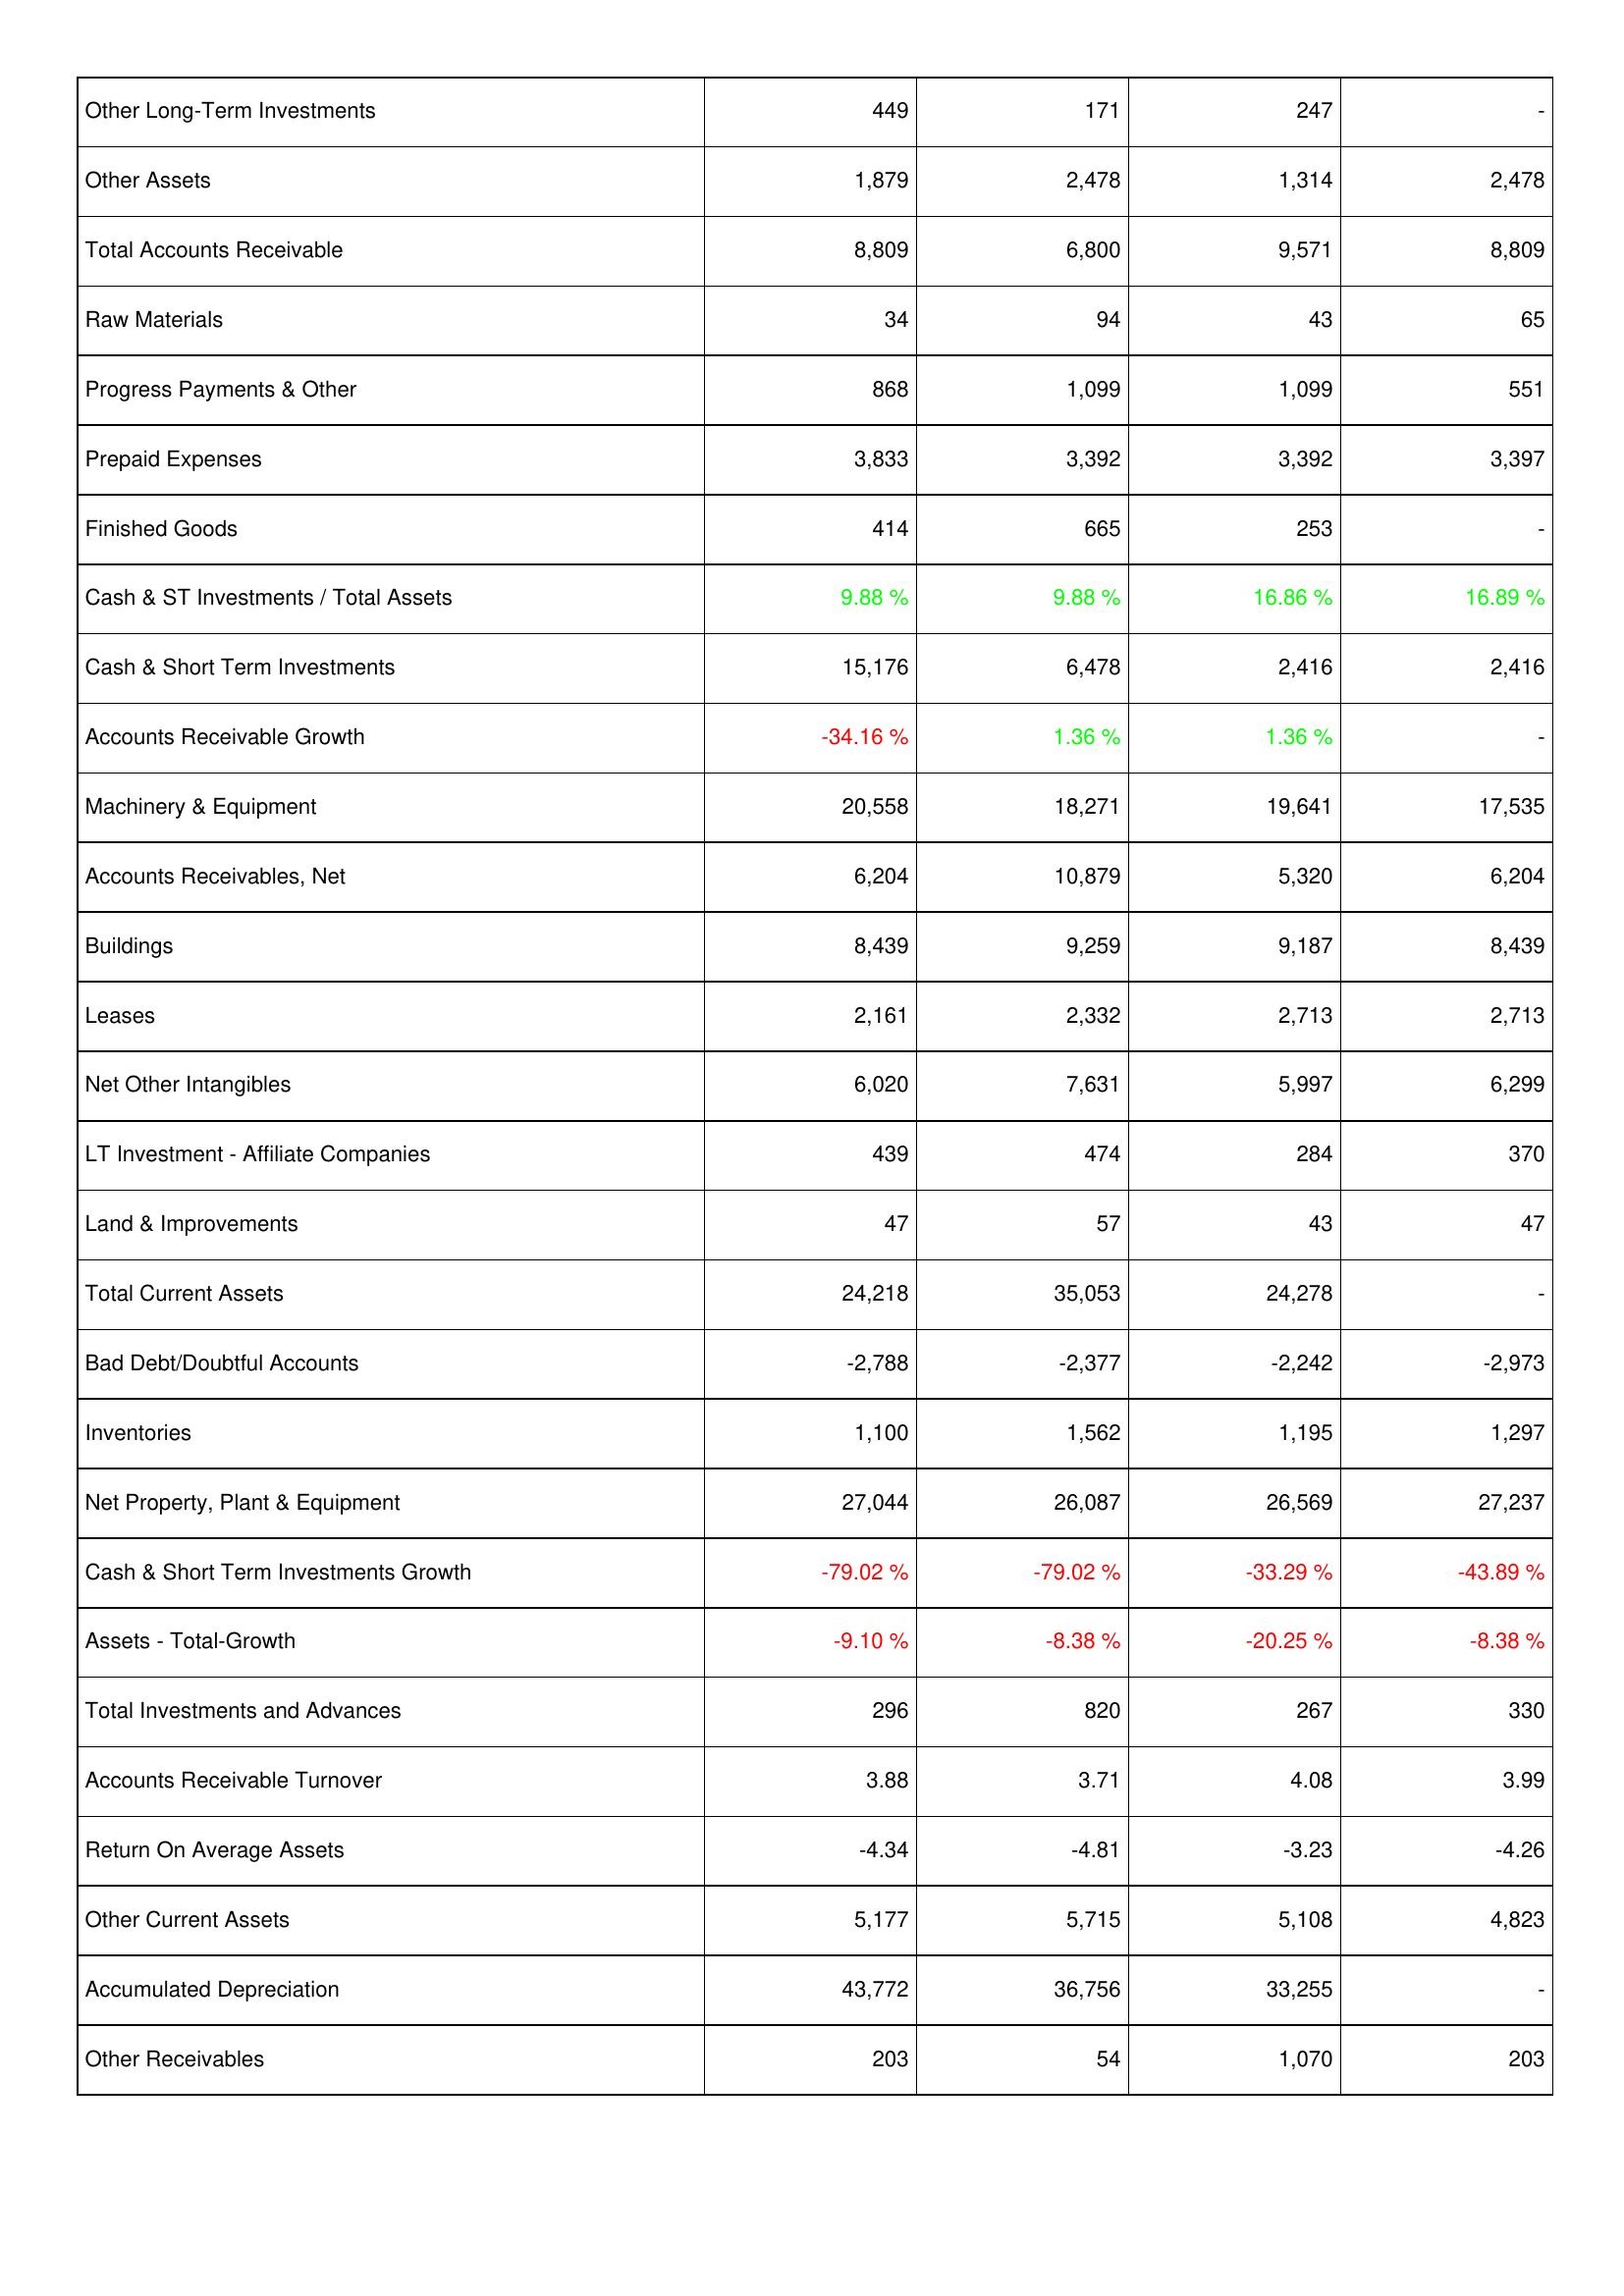
2015: Assets: Other Long-Term Investments: 449
Other Assets: 1,879
Total Accounts Receivable: 8,809
Raw Materials: 34
Progress Payments & Other: 868
Prepaid Expenses: 3,833
Finished Goods: 414
Cash & ST Investments / Total Assets: 9.88 %
Cash & Short Term Investments: 15,176
Accounts Receivable Growth: -34.16 %
Machinery & Equipment: 20,558
Accounts Receivables, Net: 6,204
Buildings: 8,439
Leases: 2,161
Net Other Intangibles: 6,020
LT Investment - Affiliate Companies: 439
Land & Improvements: 47
Total Current Assets: 24,218
Bad Debt/Doubtful Accounts: -2,788
Inventories: 1,100
Net Property, Plant & Equipment: 27,044
Cash & Short Term Investments Growth: -79.02 %
Assets - Total-Growth: -9.10 %
Total Investments and Advances: 296
Accounts Receivable Turnover: 3.88
Return On Average Assets: -4.34
Other Current Assets: 5,177
Accumulated Depreciation: 43,772
Other Receivables: 203
2014: Assets: Other Long-Term Investments: 171
Other Assets: 2,478
Total Accounts Receivable: 6,800
Raw Materials: 94
Progress Payments & Other: 1,099
Prepaid Expenses: 3,392
Finished Goods: 665
Cash & ST Investments / Total Assets: 9.88 %
Cash & Short Term Investments: 6,478
Accounts Receivable Growth: 1.36 %
Machinery & Equipment: 18,271
Accounts Receivables, Net: 10,879
Buildings: 9,259
Leases: 2,332
Net Other Intangibles: 7,631
LT Investment - Affiliate Companies: 474
Land & Improvements: 57
Total Current Assets: 35,053
Bad Debt/Doubtful Accounts: -2,377
Inventories: 1,562
Net Property, Plant & Equipment: 26,087
Cash & Short Term Investments Growth: -79.02 %
Assets - Total-Growth: -8.38 %
Total Investments and Advances: 820
Accounts Receivable Turnover: 3.71
Return On Average Assets: -4.81
Other Current Assets: 5,715
Accumulated Depreciation: 36,756
Other Receivables: 54
2013: Assets: Other Long-Term Investments: 247
Other Assets: 1,314
Total Accounts Receivable: 9,571
Raw Materials: 43
Progress Payments & Other: 1,099
Prepaid Expenses: 3,392
Finished Goods: 253
Cash & ST Investments / Total Assets: 16.86 %
Cash & Short Term Investments: 2,416
Accounts Receivable Growth: 1.36 %
Machinery & Equipment: 19,641
Accounts Receivables, Net: 5,320
Buildings: 9,187
Leases: 2,713
Net Other Intangibles: 5,997
LT Investment - Affiliate Companies: 284
Land & Improvements: 43
Total Current Assets: 24,278
Bad Debt/Doubtful Accounts: -2,242
Inventories: 1,195
Net Property, Plant & Equipment: 26,569
Cash & Short Term Investments Growth: -33.29 %
Assets - Total-Growth: -20.25 %
Total Investments and Advances: 267
Accounts Receivable Turnover: 4.08
Return On Average Assets: -3.23
Other Current Assets: 5,108
Accumulated Depreciation: 33,255
Other Receivables: 1,070
2012: Assets: Other Long-Term Investments: -
Other Assets: 2,478
Total Accounts Receivable: 8,809
Raw Materials: 65
Progress Payments & Other: 551
Prepaid Expenses: 3,397
Finished Goods: -
Cash & ST Investments / Total Assets: 16.89 %
Cash & Short Term Investments: 2,416
Accounts Receivable Growth: -
Machinery & Equipment: 17,535
Accounts Receivables, Net: 6,204
Buildings: 8,439
Leases: 2,713
Net Other Intangibles: 6,299
LT Investment - Affiliate Companies: 370
Land & Improvements: 47
Total Current Assets: -
Bad Debt/Doubtful Accounts: -2,973
Inventories: 1,297
Net Property, Plant & Equipment: 27,237
Cash & Short Term Investments Growth: -43.89 %
Assets - Total-Growth: -8.38 %
Total Investments and Advances: 330
Accounts Receivable Turnover: 3.99
Return On Average Assets: -4.26
Other Current Assets: 4,823
Accumulated Depreciation: -
Other Receivables: 203